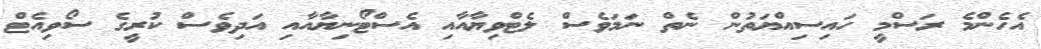
އެހެންމެ ރަސްމީ ހައިސިއްޔަތުން ނެތް ނަމަވެސް ލެޓްވިޔާއާއި އެސްޓޯނިޔާއާއި އަދިވެސް ކުރީގެ ސޯވިއެޓް